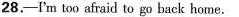
28.-I'm too afraid to go back home.